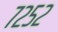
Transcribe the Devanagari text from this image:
७२५२